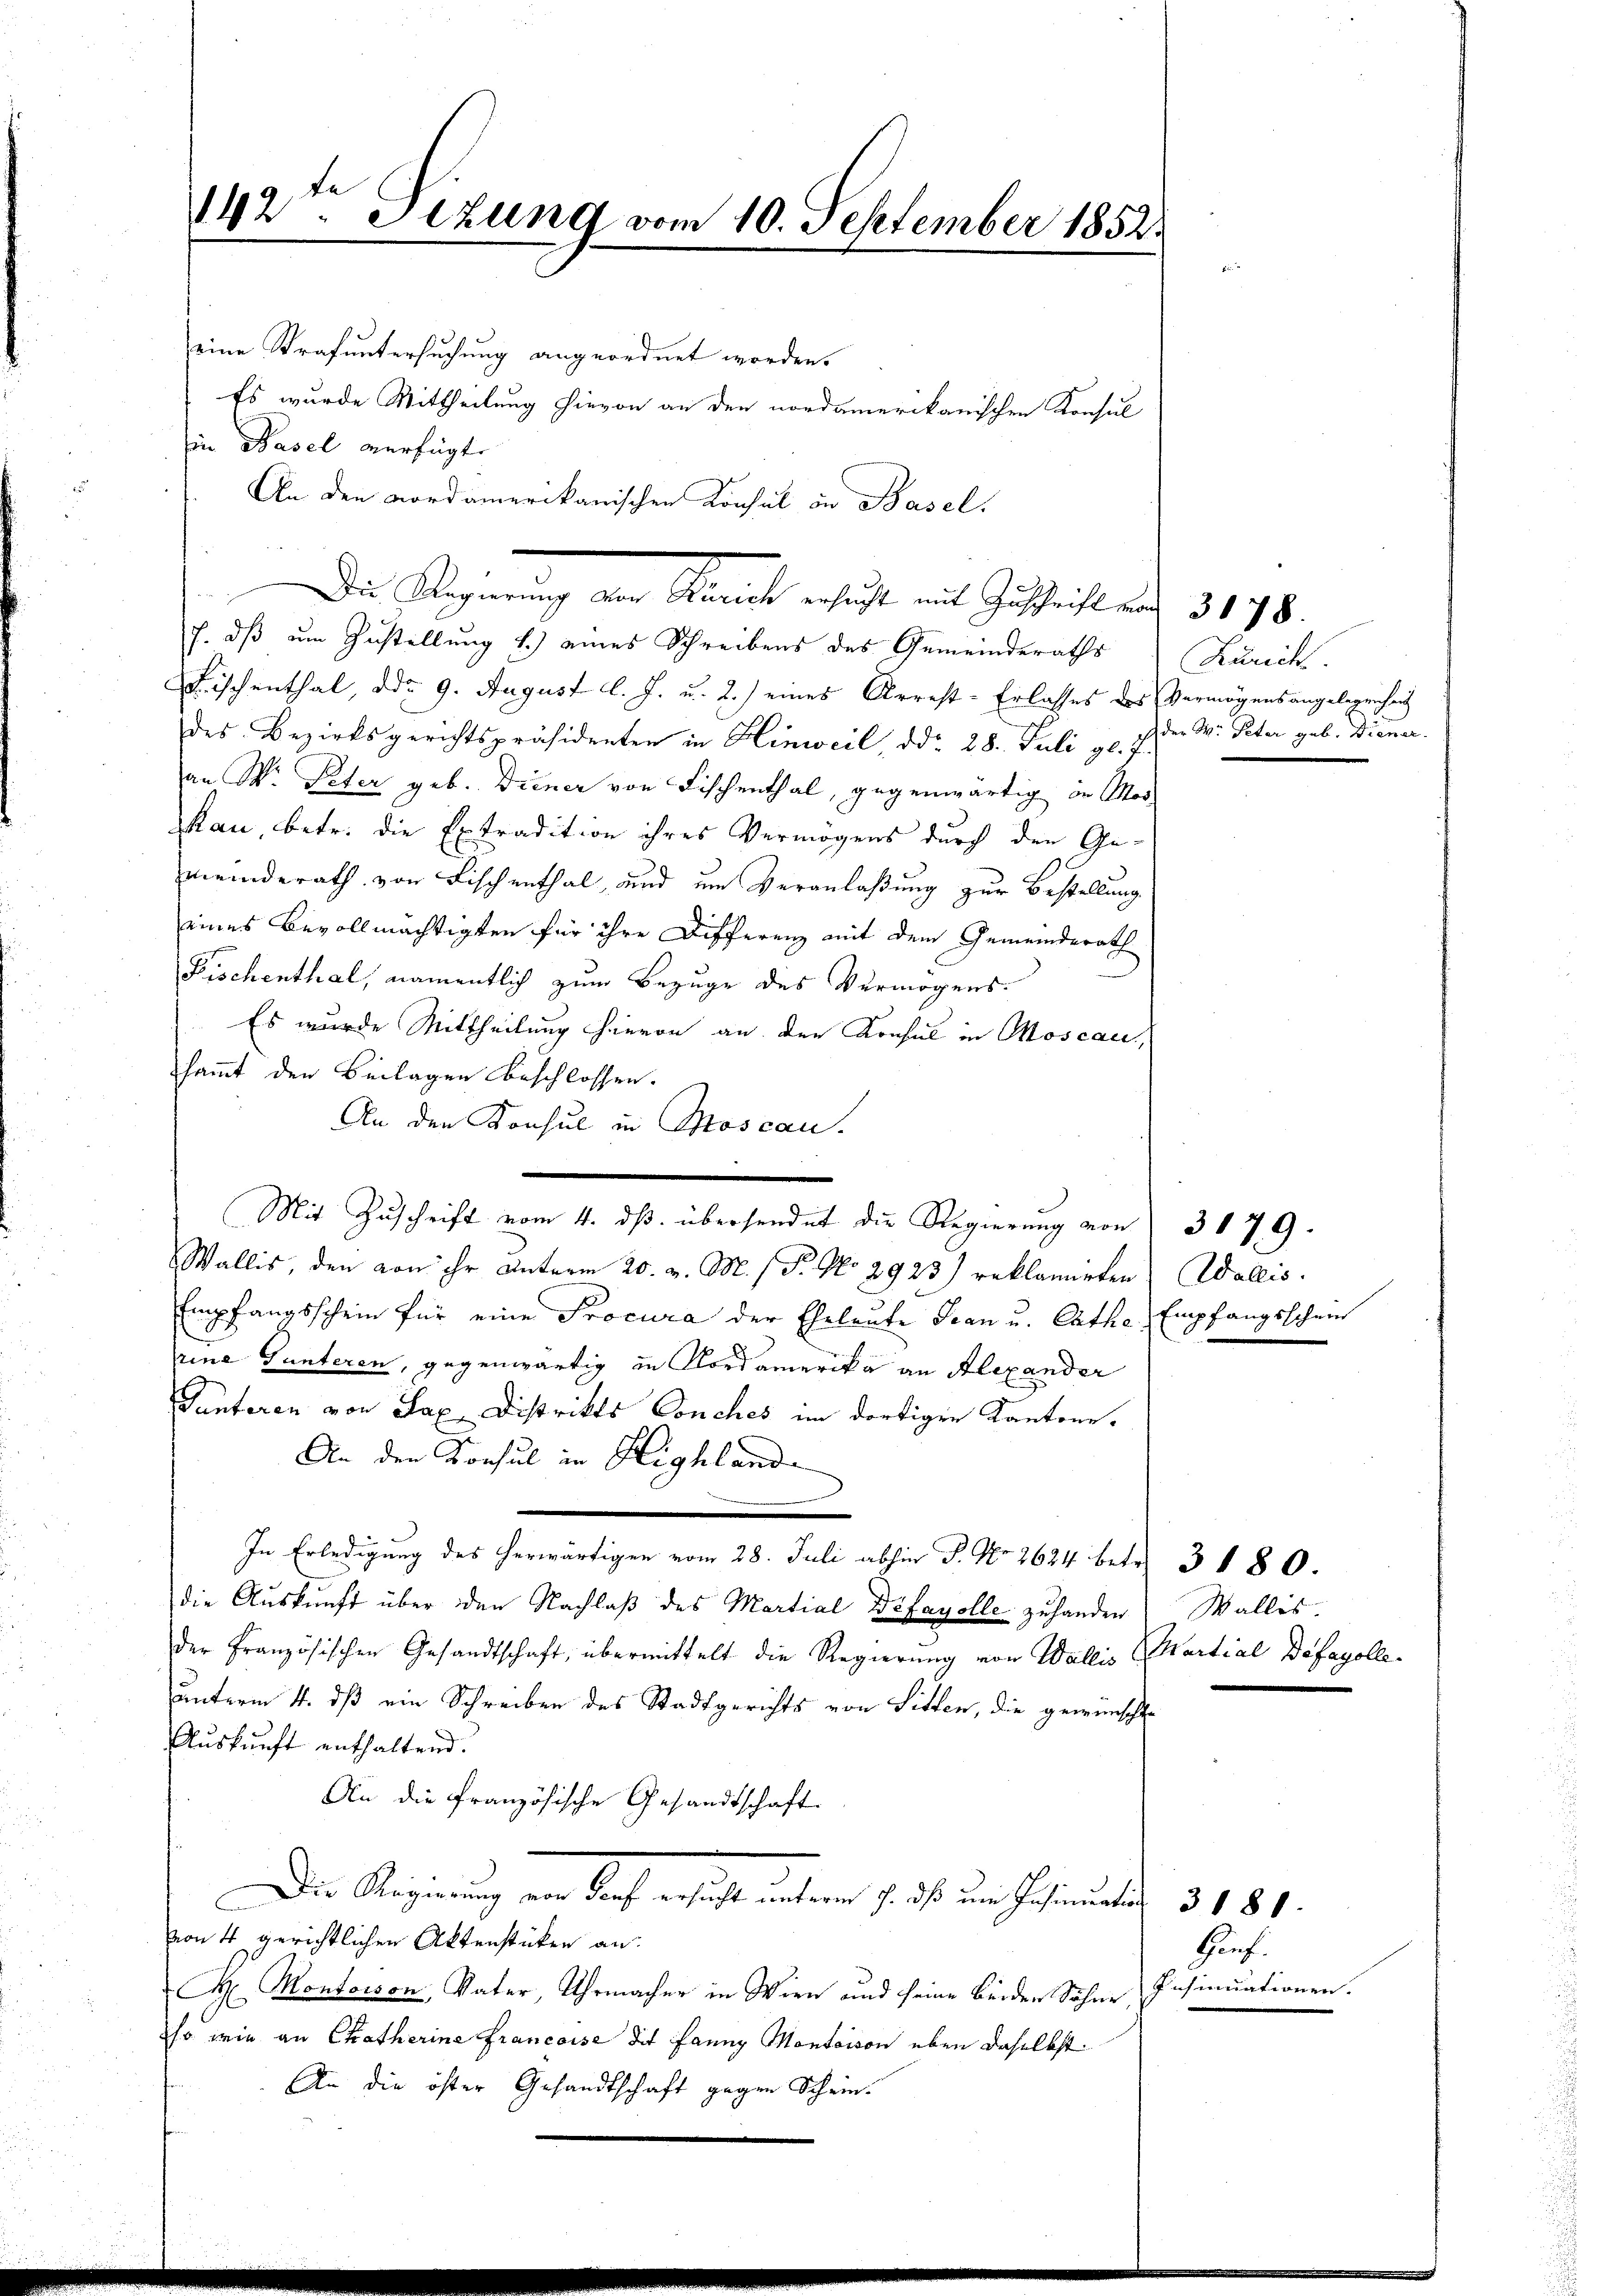
142. Sizung vom 10. September 1852.
eine Strafuntersuchung angeordnet worden.
Es wurde Mittheilung hievon an den nordamerikanischen Konsul
in Basel verfügte

J. dß um Zustellung 1.) eines Schreibens des Gemeinderaths
Fischenthal, ddo 9. August l. J. u. 2.) eines Arrest-Erlasses des Vermögensangelegenheit
des Bezirksgerichtspräsidenten in Hinweil ddo 28. Juli v. J. der W. Peter geb. Diener.
an W. Peter geb. Diener von Fischenthal, gegenwärtig in Mos
kau, betr. die Extradition ihres Vermögens durch den Ge-
meinderath von Fischenthal, und um Veranlaßung zur Bestellung
eines Bevollmächtigten für ihre Differenz mit dem Gemeinderath
Fischenthal, namentlich zum Bezuge des Vermögens.
Es wurde Mittheilung hievon an den Konsul in Moscac
sammt den Beilagen beschlossen.
An den Konsul in Moscan.
e
Mit Zuschrift vom 4. ds. übersendet die Regierung von 3 179
Wallis, den von ihr unterm 20. v. M. h. T. No 2923) reklamirten Wallis.
Empfangsschein für eine Procura der Eheleute Fran u. Cathe Empfangsschein
rine Gunteren, gegenwärtig in Nordamerika an Alexander
Sunteren von Sax Distrikts Conches im dortigen Kantone.
An den Konsul in Highlande
In Erledigung des herwärtigen vom 28. Juli abhin P. Nr. 2624 betr. 3180.
die Aŭskŭnft über den Nachlaβ des Martial Difayolle zu handen Wallis.
der Französischen Gesandtschaft, übermittelt die Regierung von Wallis (Martial Defagolle-
unterm 4. dß ein Schreiben des Stadtgerichts von Sitten, die gewünscht
Auskunft enthaltend.
An die französische Gesandtschaft
Die Regierung von doch ersicht unteren h. das um Hofmunter 3. 181.
von 4 gerichtlichen Aktenstücken an:
 Montoison, Vater, Uhrmacher in Wien und seine beiden Söhne
so wie an Catherine Francoise die Fanny Montaison eben daselbst
An die öster Gesandtschaft gegen Schein.

An den nordamerikanischen Konsul in Basel.
Die Regierung von Mariate ersicht mit Geschicht auf 3198.

Zürich

Hinf.
Insinuationen.